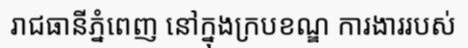
រាជធានីភ្នំពេញ នៅក្នុងក្របខណ្ឌ ការងាររបស់